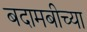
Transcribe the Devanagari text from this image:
बदामबीच्या